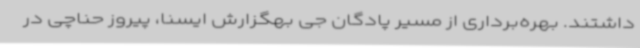
داشتند. بهره‌برداری از مسیر پادگان جی بهگزارش ایسنا، پیروز حناچی در